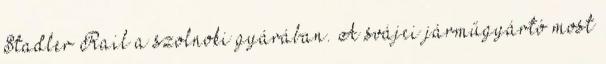
Stadler Rail a szolnoki gyárában. A svájci járműgyártó most